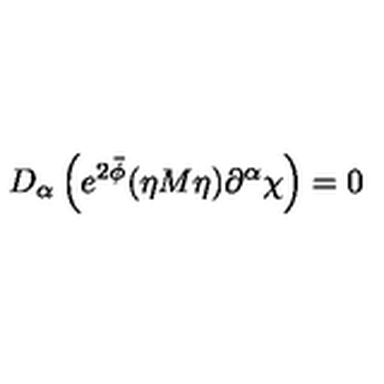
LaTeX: D _ { \alpha } \left( e ^ { 2 \bar { \phi } } ( \eta M \eta ) \partial ^ { \alpha } \chi \right) = 0